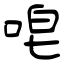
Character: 唣